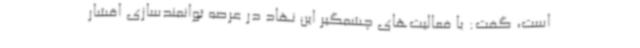
است، گفت: با فعالیت‌های چشمگیر این نهاد در عرصه توانمندسازی اقشار